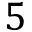
5